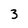
Character: 3